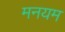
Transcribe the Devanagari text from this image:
मनयम